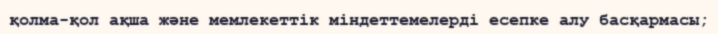
қолма-қол ақша және мемлекеттік міндеттемелерді есепке алу басқармасы;